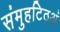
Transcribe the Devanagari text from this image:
संमुहटिठ्‌अं